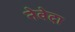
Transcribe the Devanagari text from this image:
नेवेदा